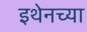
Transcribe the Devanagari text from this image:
इथेनच्या